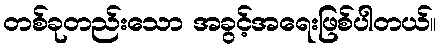
တစ်ခုတည်းသော အခွင့်အရေးဖြစ်ပါတယ်။